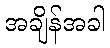
အချိန်အခါ